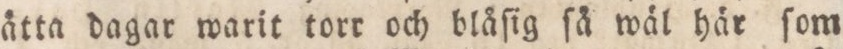
ätta dagar warit torr och blåſig ſå wäl här ſom